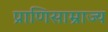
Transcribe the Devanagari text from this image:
प्राणिसाम्राज्य